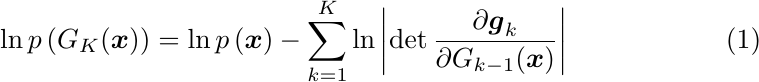
\begin{equation}
\ln p\left(G_{K}(\boldsymbol{x})\right)=\ln p\left(\boldsymbol{x}\right)-\sum_{k=1}^{K} \ln \left|\operatorname{det}\frac{\partial \boldsymbol{g}_{k}}{\partial G_{k-1}(\boldsymbol{x})}\right|
\end{equation}